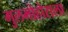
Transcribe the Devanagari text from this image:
गुलमोहोराला